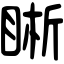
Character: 𥇦